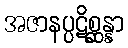
အဇာနပ္ပဋိစ္ဆန္နာ